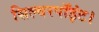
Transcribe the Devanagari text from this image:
सिल्वरपॉइंट।